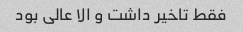
فقط تاخیر داشت و الا عالی بود